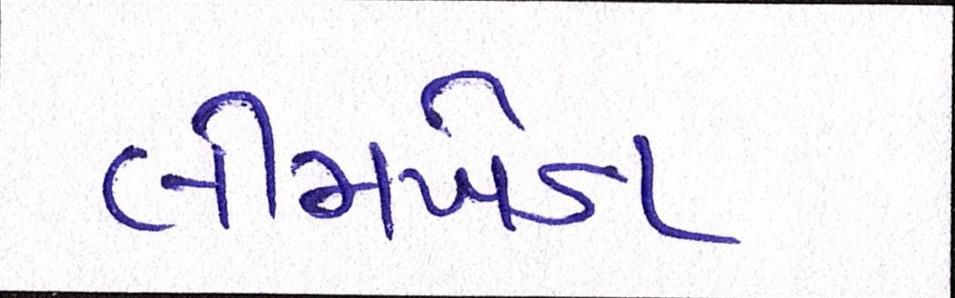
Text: લીમખેડા